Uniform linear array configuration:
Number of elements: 4
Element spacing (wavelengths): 0.25
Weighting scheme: uniform
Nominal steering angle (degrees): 15
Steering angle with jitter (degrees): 15.856
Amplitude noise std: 0.05
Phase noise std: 0.05

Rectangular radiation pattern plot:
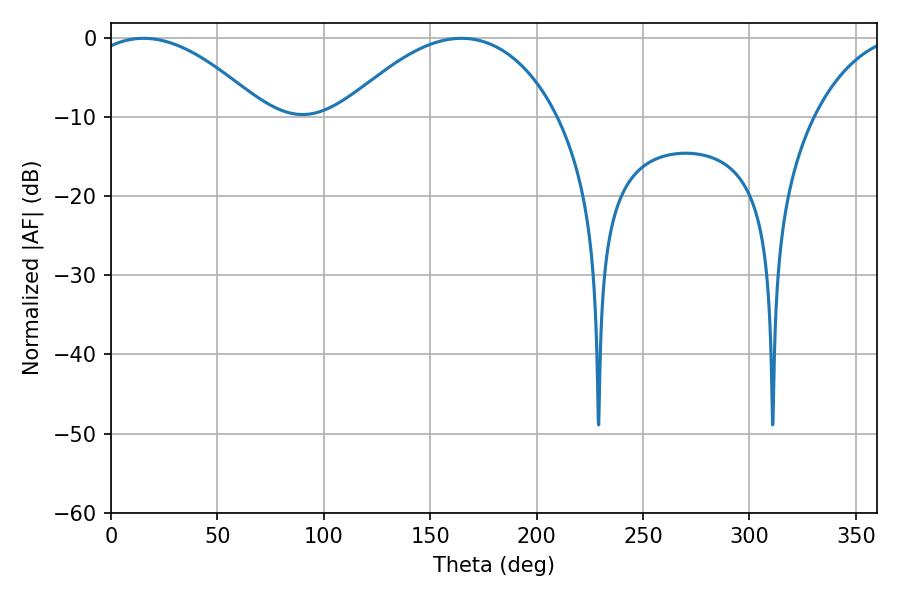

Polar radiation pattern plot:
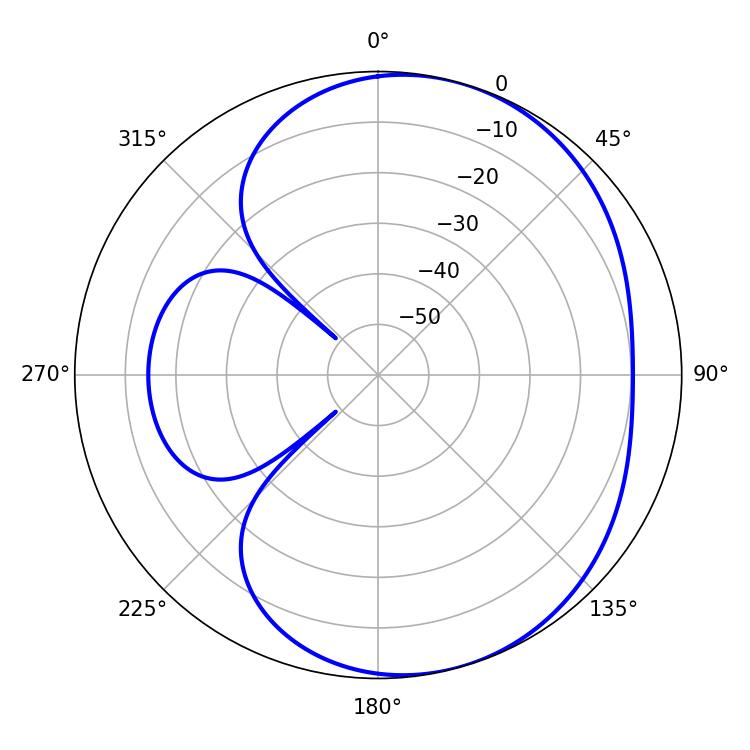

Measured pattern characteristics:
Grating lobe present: FALSE
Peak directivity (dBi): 4.819
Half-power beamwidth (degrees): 45.72
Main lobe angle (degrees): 15.3